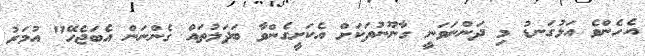
އެހެންވެ އަޅުގަނޑު މި ދަންނަވަނީ ގާނޫނުތަކަށް އެކަށީގެންވާ ބަދަލުތައް ގެންނަން އެބަޖެހޭ" އުމަރު